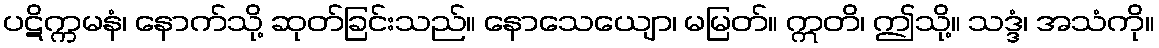
ပဋိက္ကမနံ၊ နောက်သို့ ဆုတ်ခြင်းသည်။ နောသေယျော၊ မမြတ်။ ဣတိ၊ ဤသို့။ သဒ္ဒံ၊ အသံကို။